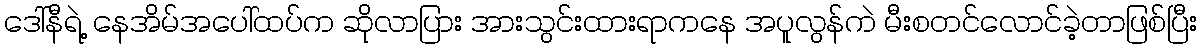
ဒေါ်နီရဲ့ နေအိမ်အပေါ်ထပ်က ဆိုလာပြား အားသွင်းထားရာကနေ အပူလွန်ကဲ မီးစတင်လောင်ခဲ့တာဖြစ်ပြီး